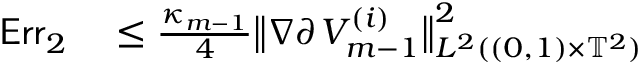
\begin{array} { r l } { \mathsf { E r r } _ { 2 } } & { { } \leq \frac { \kappa _ { m - 1 } } { 4 } \bigl \| \nabla \partial ^ { \aa } V _ { m - 1 } ^ { ( i ) } \bigr \| _ { L ^ { 2 } ( ( 0 , 1 ) \times \ensuremath { \mathbb { T } } ^ { 2 } ) } ^ { 2 } } \end{array}